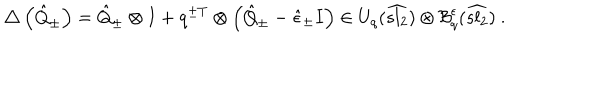
LaTeX: \triangle \left( \hat { Q } _ { \pm } \right) = \hat { Q } _ { \pm } \otimes I + q ^ { \pm T } \otimes \left( \hat { Q } _ { \pm } - \hat { \epsilon } _ { \pm } I \right) \in U _ { q } ( \widehat { s l _ { 2 } } ) \otimes \mathcal { B } _ { q } ^ { \epsilon } ( \widehat { s l _ { 2 } } ) \ .